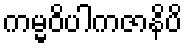
ကမ္မဝိပါကဇာနိပိ